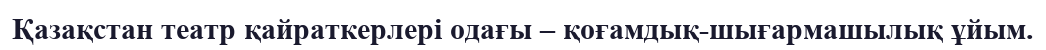
Қазақстан театр қайраткерлері одағы – қоғамдық-шығармашылық ұйым.